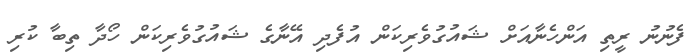
ފެނުނު ރީތި އަންހެނާއަށް ޝައުގުވެރިކަން އުފެދި އޭނާގެ ޝައުގުވެރިކަން ހޯދާ ތިބާ ކުރި